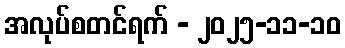
အလုပ်စတင်ရက် - ၂၀၂၅-၁၁-၁၀